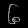
Digit: ၆